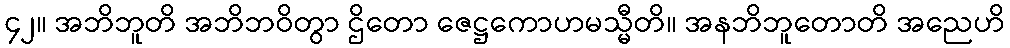
၄၂။ အဘိဘူတိ အဘိဘဝိတွာ ဌိတော ဇေဋ္ဌကောဟမသ္မီတိ။ အနဘိဘူတောတိ အညေဟိ